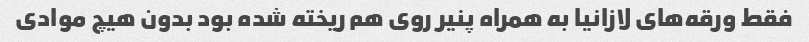
فقط ورقه‌های لازانیا به همراه پنیر روی هم ریخته شده بود بدون هیچ موادی